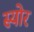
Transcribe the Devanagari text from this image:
स्योर